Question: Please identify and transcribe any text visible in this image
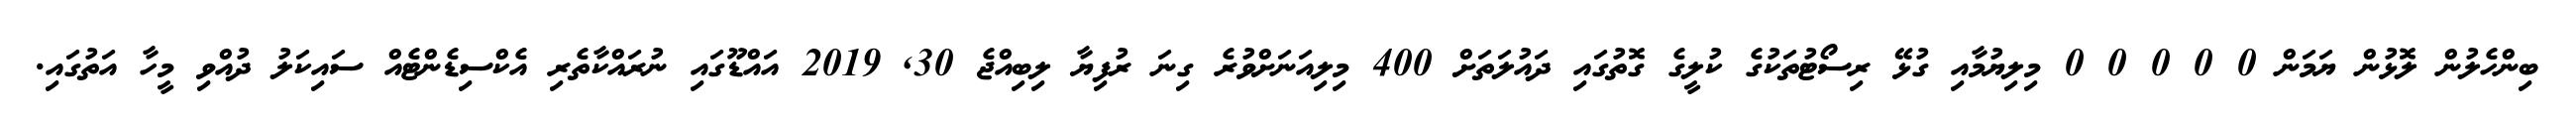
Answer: ބިންހެލުން ލޮޅުން ޔަމަން 0 0 0 0 0 މިލިޔުމާއި ގުޅޭ ރިސޯޓުތަކުގެ ކުލީގެ ގޮތުގައި ދައުލަތަށް 400 މިލިއަނަށްވުރެ ގިނަ ރުފިޔާ ލިބިއްޖެ 30, 2019 އައްޑޫގައި ނުރައްކާތެރި އެކްސިޑެންޓެއް ސައިކަލު ދުއްވި މީހާ އަތުގައި.